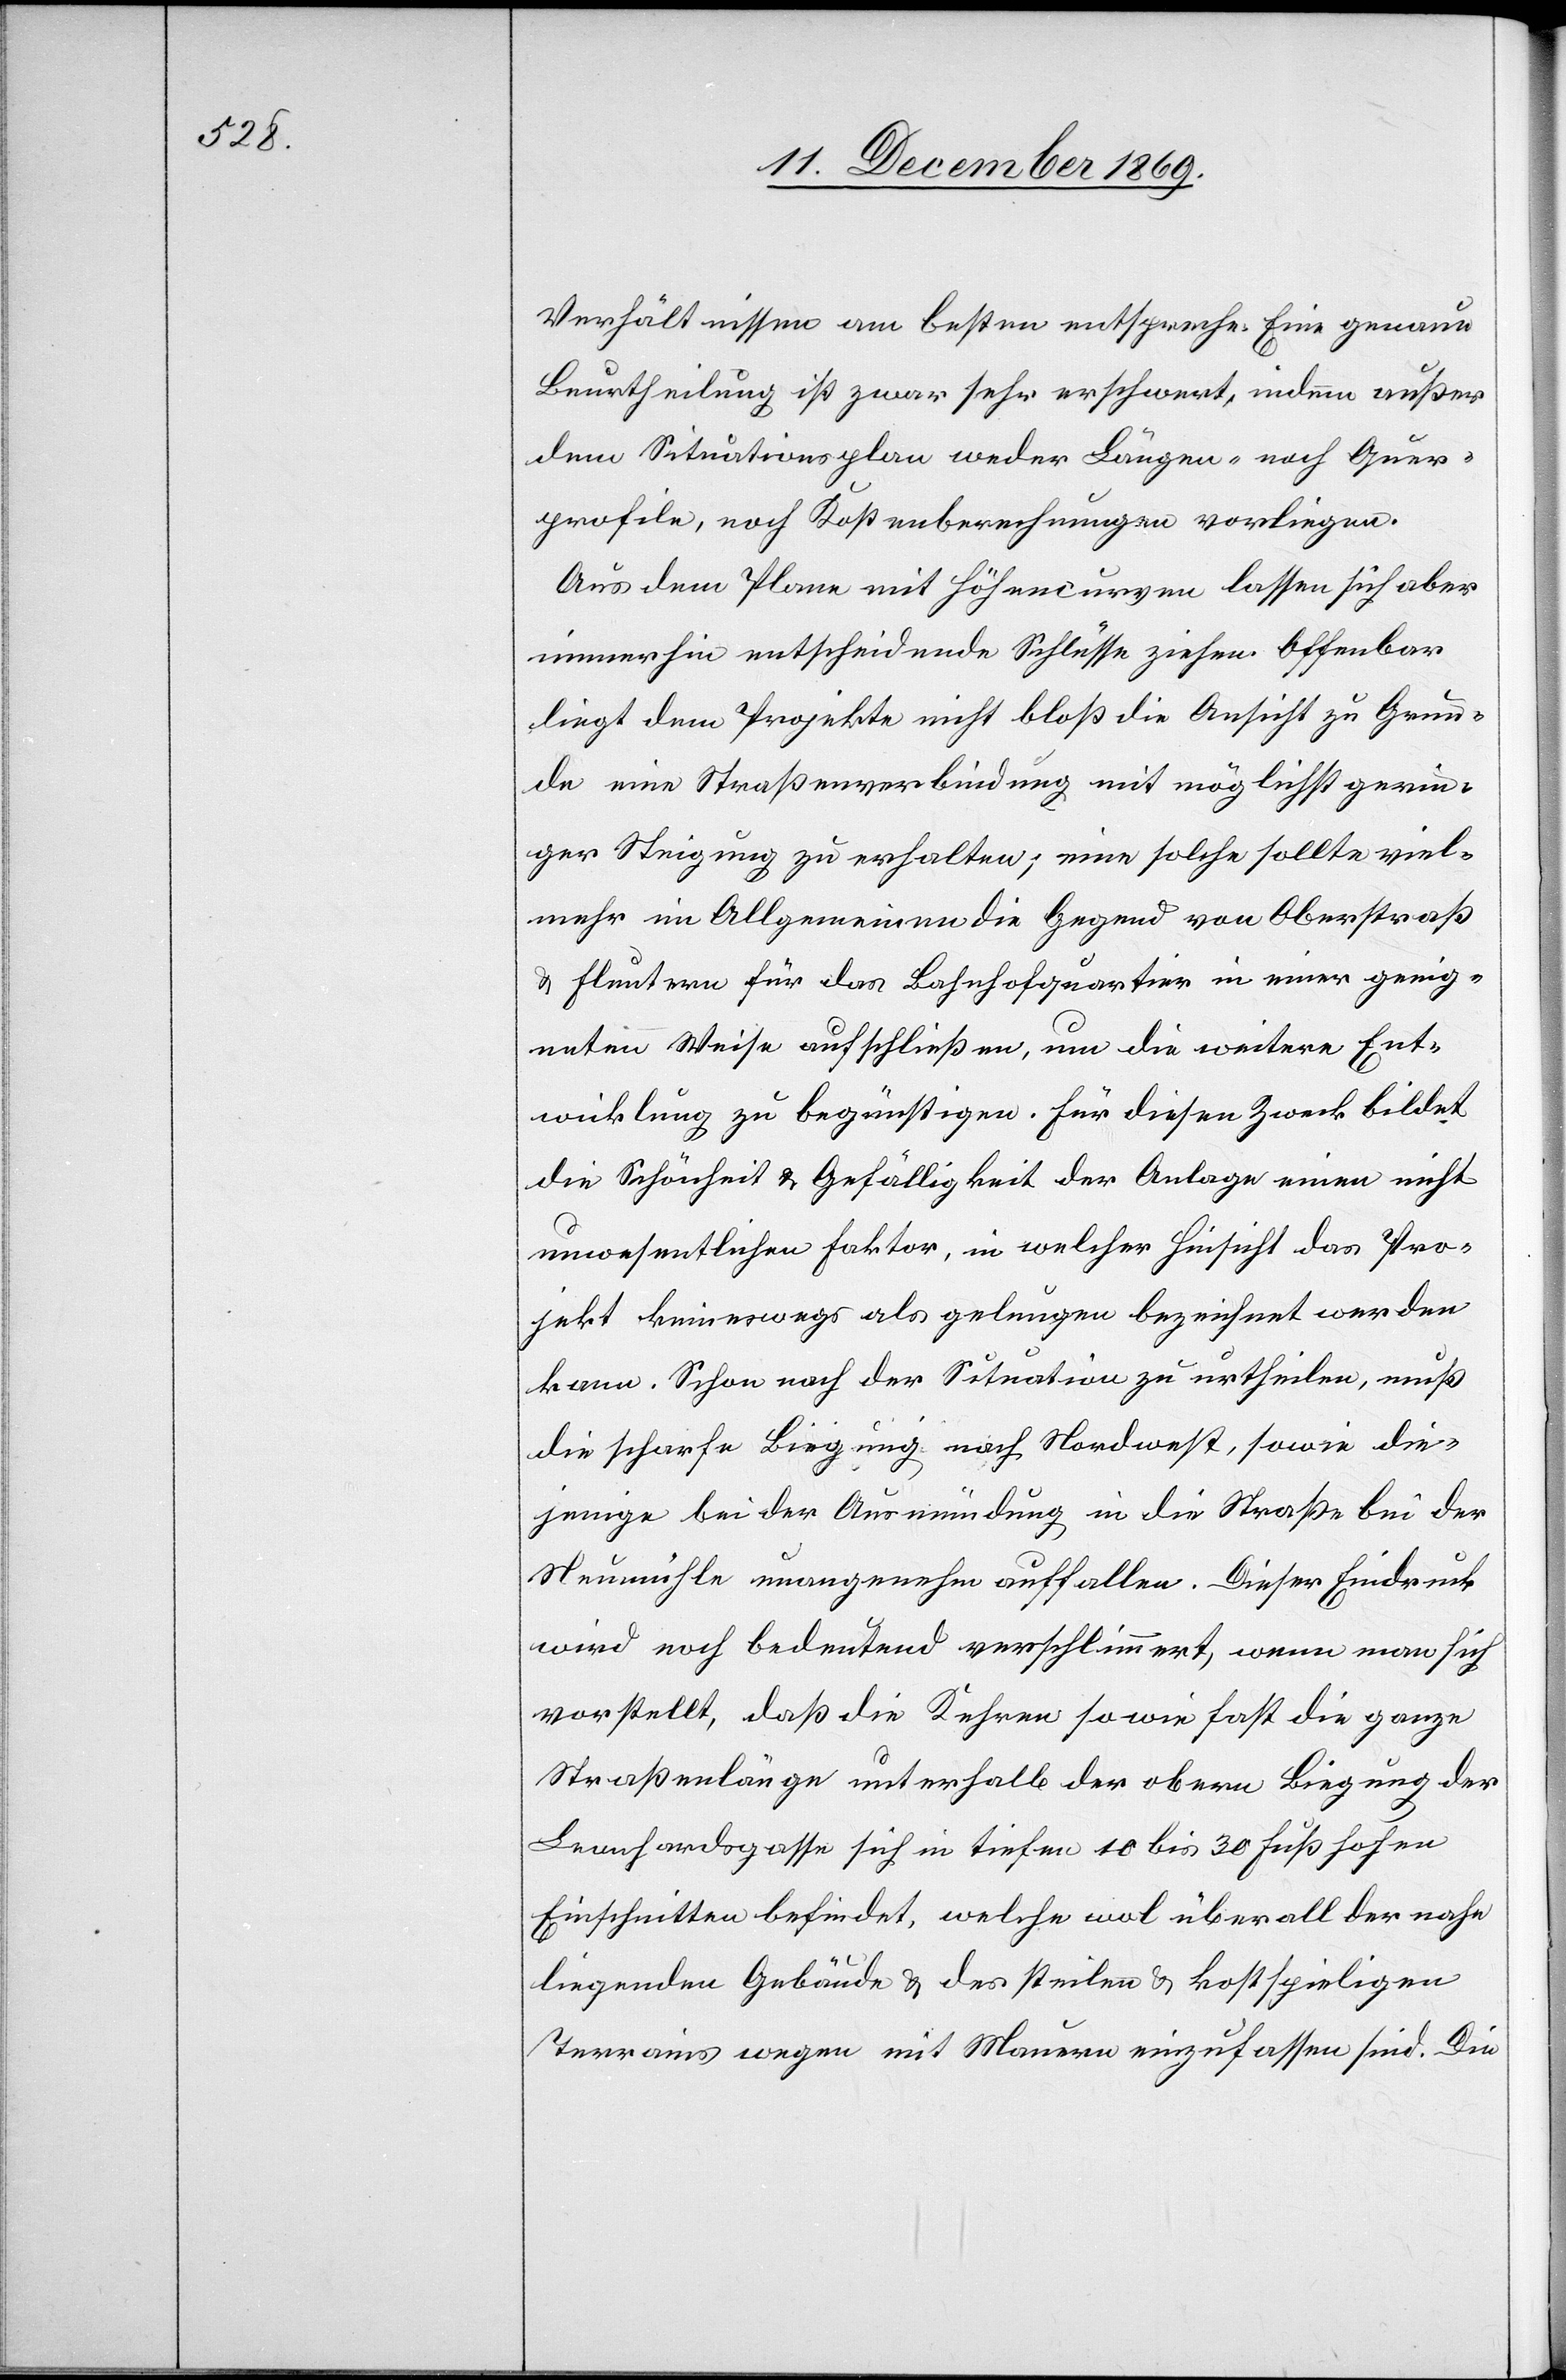
Verhältnissen am besten entspreche. Eine genaue
Beurtheilung ist zwar sehr erschwert, indem außer
dem Situationsplan weder Längen- noch Quer¬
profile, noch Kostenberechnungen vorliegen.
Aus dem Plane mit Höhencurven lassen sich aber
immerhin entscheidende Schlüsse ziehen. Offenbar
liegt dem Projekte nicht bloß die Ansicht zu Grun¬
de eine Straßenverbindung mit möglichst gerin¬
ger Steigung zu erhalten; eine solche sollte viel¬
mehr im Allgemeinen die Gegend von Oberstraß
& Fluntern für das Bahnhofquartier in einer geeig¬
neten Weise aufschließen, um die weitere Ent¬
wicklung zu begünstigen. Für diesen Zweck bildet
die Schönheit & Gefälligkeit der Anlage einen nicht
unwesentlichen Faktor, in welcher Hinsicht das Pro¬
jekt keineswegs als gelungen bezeichnet werden
kann. Schon nach der Situation zu urtheilen, muß
die scharfe Biegung nach Nordwest, sowie die¬
jenige bei der Ausmündung in die Straße bei der
Neumühle unangenehm auffallen. Dieser Eindruck
wird noch bedeutend verschlimmert, wenn man sich
vorstellt, daß die Kehren so wie fast die ganze
Straßenlänge unterhalb der obern Biegung der
Leonhardsgasse sich in tiefen 10 bis 30 Fuß hohen
Einschnitten befindet, welche wol überall der nahe
liegenden Gebäude & des steilen & kostspieligen
Terrains wegen mit Mauern einzufassen sind. Die